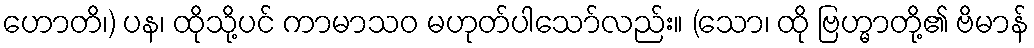
ဟောတိ၊) ပန၊ ထိုသို့ပင် ကာမာသဝ မဟုတ်ပါသော်လည်း။ (သော၊ ထို ဗြဟ္မာတို့၏ ဗိမာန်